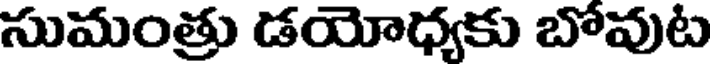
సుమంత్రు డయోధ్యకు బోవుట